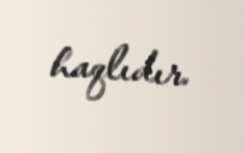
haqlıdır.